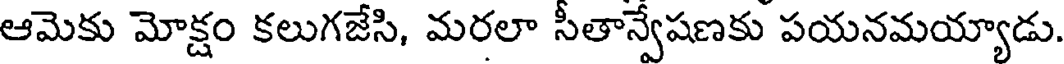
ఆమెకు మోక్షం కలుగజేసి, మరలా సీతాన్వేషణకు పయనమయ్యాడు.